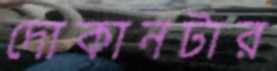
দোকানটার